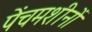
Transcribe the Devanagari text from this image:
पेंचमशीनों